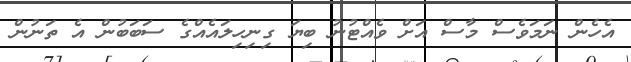
އެހެން ނަމަވެސް މާސް އަށް ވެއްޓުނު ބިޔަ ގިނިހިލައެއްގެ ސަބަބުން އެ ތަނުން